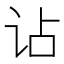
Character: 𧮪